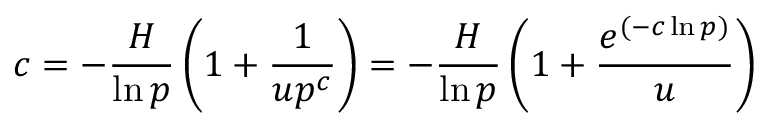
c = - \frac { H } { \ln p } \left( 1 + \frac { 1 } { u p ^ { c } } \right) = - \frac { H } { \ln p } \left( 1 + \frac { e ^ { ( - c \ln p ) } } { u } \right)